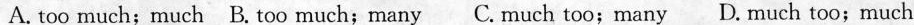
A.too much;much B. Too much;many C.Much too;many D. Much too;much